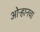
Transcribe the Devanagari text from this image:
ओऱ्हानचा